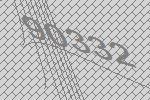
90332